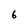
Character: 6